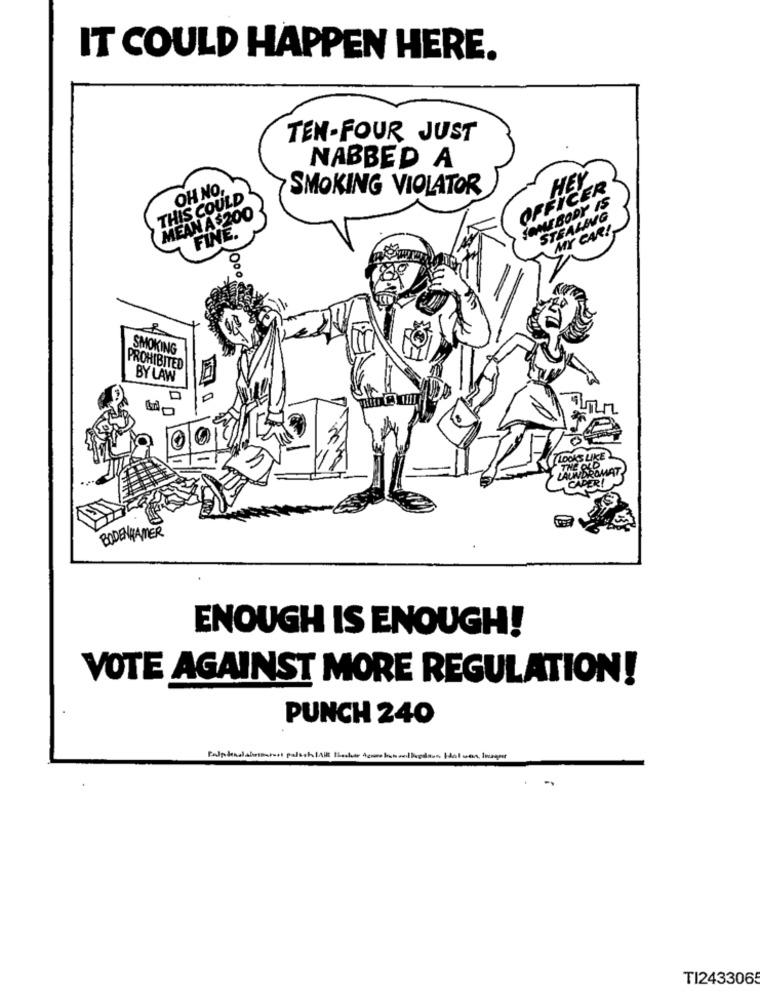
IT COULD HAPPEN HERE.
TEN-FOUR JUST
NABBED A
OH NO,
SMOKING VIOLATOR
OFFICER
THIS COULD
MME BODY IS
MEAN A $200
STEALING
FINE.
MY CAR!
SMOKING
PROHIBITED
BY LAW
LOOKS LIKE
THE OLD
LAUNDROMA
CAPER!
BODENHAMER
ENOUGH IS ENOUGH!
VOTE AGAINST MORE REGULATION!
PUNCH 240
TI2433065